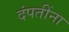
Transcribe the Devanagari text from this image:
दंपतींना